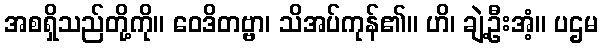
အစရှိသည်တို့ကို။ ဝေဒိတဗ္ဗာ၊ သိအပ်ကုန်၏။ ဟိ၊ ချဲ့ဦးအံ့။ ပဌမ